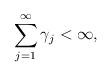
LaTeX: \begin{align*}\sum_{j=1}^\infty \gamma_j < \infty,\end{align*}